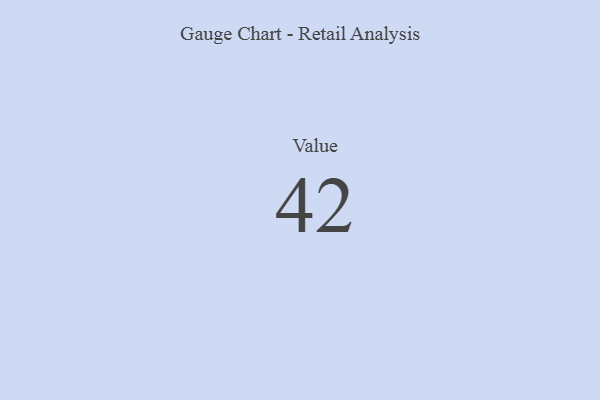
{"axis": {"x": "Metric", "y": "Value"}, "legend": [""], "data": [{"x": "Value", "y": 42, "type": ""}]}